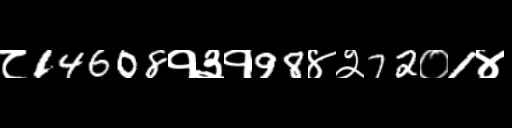
Text: ८14608१३१98४२72०1४